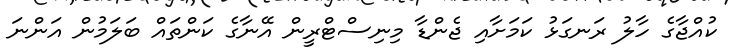
ކުއްޖާގެ ހާލު ރަނގަޅު ކަމަށާއި ޖެންޑާ މިނިސްޓްރީން އޭނާގެ ކަންތައް ބަލަމުން އަންނަ